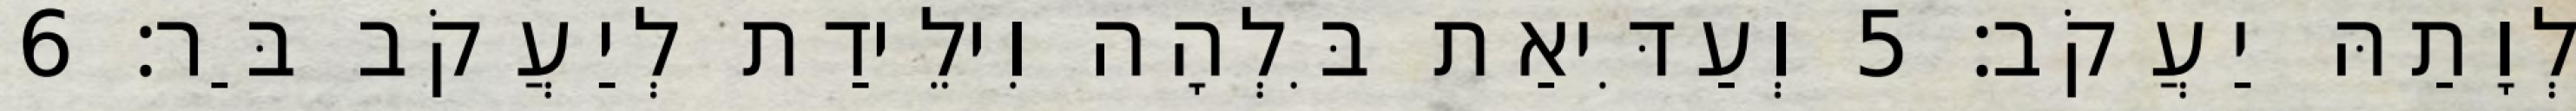
לְוָתַהּ יַעֲקֹב׃ 5 וְעַדִּיאַת בִּלְהָה וִילֵידַת לְיַעֲקֹב בַּר׃ 6